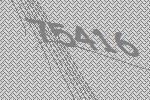
75416